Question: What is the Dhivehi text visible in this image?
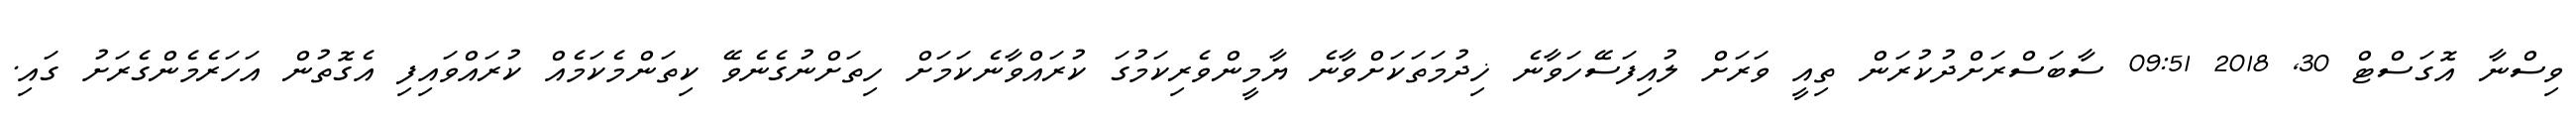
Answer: ވިސްނާ އޮގަސްޓް 30, 2018 09:51 ސާބަސްރަށްދުކުރަން ތިއީ ވަރަށް ލުއިފަސޭހަވާނެ ޚިދުމަތަކަށްވާނެ ޔާމީންވެރިކަމުގަ ކުރައްވާނެކަމަށް ހިތަށްނުގެނެވޭ ކިތަންމެކަމެއް ކުރައްވައިފި އެގޮތުން އަހަރެމެންގެރަށު ގައި.